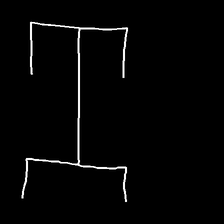
Glyph: entwine